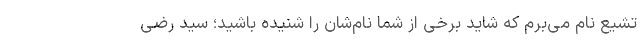
تشیع نام می‌برم که شاید برخی از شما نام‌شان را شنیده باشید؛ سید رضی